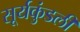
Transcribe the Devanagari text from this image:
सूर्यकुंडली